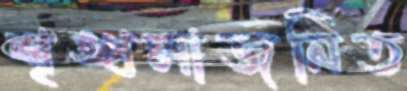
শৃঙ্খলাজনিত